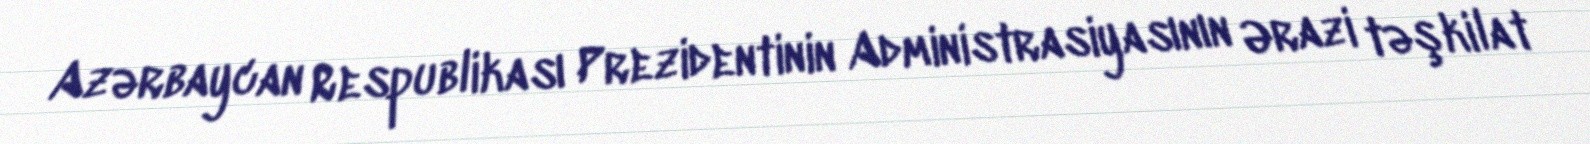
Azərbaycan Respublikası Prezidentinin Administrasiyasının Ərazi təşkilat